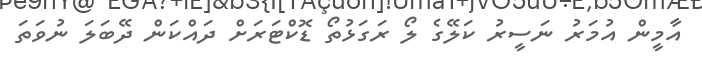
އާމީން އުމަރު ނަސީރު ކަލޭގެ ލޯ ރަގަޅުތޯ ޑޮކްޓަރަށް ދައްކަން ދޭބަލަ ނުވަތަ